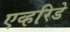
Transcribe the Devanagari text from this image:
एव्हरिडे